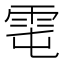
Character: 𩂄